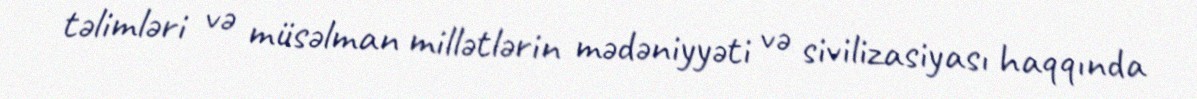
təlimləri və müsəlman millətlərin mədəniyyəti və sivilizasiyası haqqında